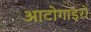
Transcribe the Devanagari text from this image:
आटोगाइरो